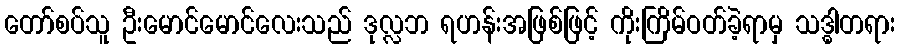
တော်စပ်သူ ဦးမောင်မောင်လေးသည် ဒုလ္လဘ ရဟန်းအဖြစ်ဖြင့် ကိုးကြိမ်ဝတ်ခဲ့ရာမှ သဒ္ဓါတရား